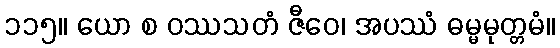
၁၁၅။ ယော စ ဝဿသတံ ဇီဝေ၊ အပဿံ ဓမ္မမုတ္တမံ။